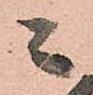
ニ